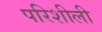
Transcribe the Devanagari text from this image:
परिशीली